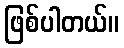
ဖြစ်ပါတယ်။